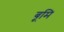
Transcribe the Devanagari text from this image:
बूमि